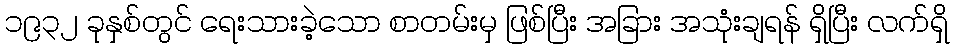
၁၉၃၂ ခုနှစ်တွင် ရေးသားခဲ့သော စာတမ်းမှ ဖြစ်ပြီး အခြား အသုံးချရန် ရှိပြီး လက်ရှိ